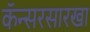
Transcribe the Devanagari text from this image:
कॅन्सरसारखा